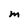
Character: m